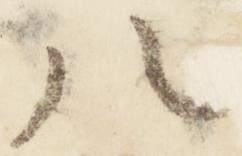
八